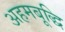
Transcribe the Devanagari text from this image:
अहमबूद्धि